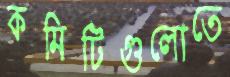
কমিটিগুলোতে